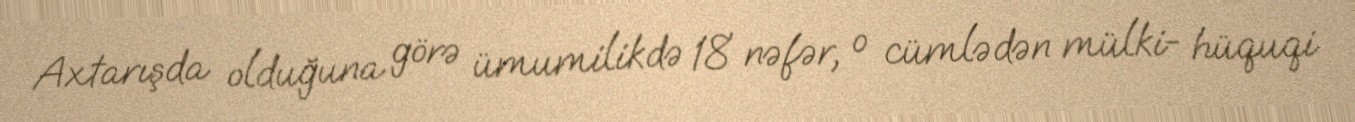
Axtarışda olduğuna görə ümumilikdə 18 nəfər, o cümlədən mülki- hüquqi